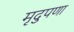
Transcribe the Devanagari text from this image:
मृदुपणा